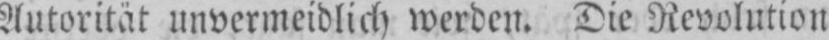
Autorität unvermeidlich werden. Die Revolution